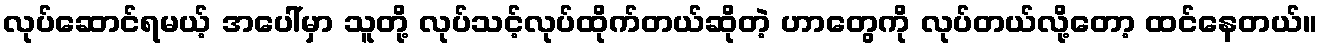
လုပ်ဆောင်ရမယ့် အပေါ်မှာ သူတို့ လုပ်သင့်လုပ်ထိုက်တယ်ဆိုတဲ့ ဟာတွေကို လုပ်တယ်လို့တော့ ထင်နေတယ်။